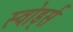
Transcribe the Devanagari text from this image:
स्वोर्ड्स